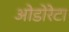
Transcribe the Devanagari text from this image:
ओडोरेटा